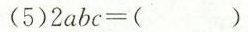
(5)$$2 a b c = ( ) $$